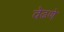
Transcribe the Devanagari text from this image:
वेढणे